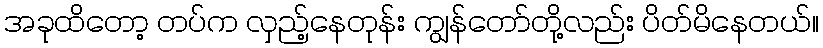
အခုထိတော့ တပ်က လှည့်နေတုန်း ကျွန်တော်တို့လည်း ပိတ်မိနေတယ်။